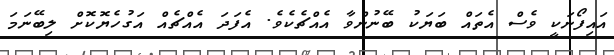
އައިފޯނަކީ ވެސް އެތައް ބަޔަކު ބޭނުންވާ އެއްޗެކެވެ. އެފަދަ އެއްޗެއް އަގުހެޔޮކޮށް ލިބޭނަމަ